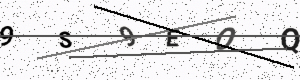
Text: 9S9EOQ